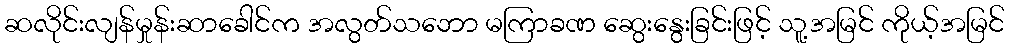
ဆလိုင်းလျန်မှုန်းဆာခေါင်က အလွတ်သဘော မကြာခဏ ဆွေးနွေးခြင်းဖြင့် သူ့အမြင် ကိုယ့်အမြင်